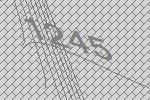
1245